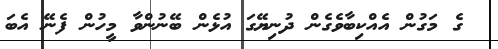
ގެ މަގުން އެއްކިބާވެގެން ދުނިޔޭގަ އުޅެން ބޭނުންވާ މީހުން ފެނޭ އެބަ